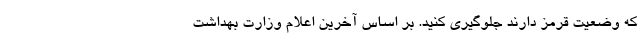
که وضعیت قرمز دارند جلوگیری کنید. بر اساس آخرین اعلام وزارت بهداشت